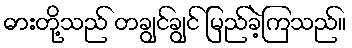
ဓားတို့သည် တချွင်ချွင် မြည်ခဲ့ကြသည်။